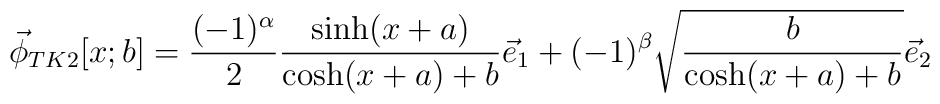
\vec{\phi}_{TK2}[x;b]=\frac{(-1)^\alpha }{2} \frac{\sinh(x+a)}{\cosh (x+a)+b} \vec{e}_1 +(-1)^\beta \sqrt{\frac{b}{\cosh(x+a)+b}}\vec{e}_2